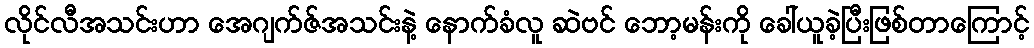
လိုင်လီအသင်းဟာ အေဂျက်ဇ်အသင်းနဲ့ နောက်ခံလူ ဆဲဗင် ဘော့မန်းကို ခေါ်ယူခဲ့ပြီးဖြစ်တာကြောင့်